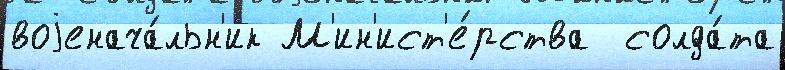
воjенача́льн'ик М'ин'ист'е́рства  солда́та